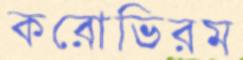
করোভিরম